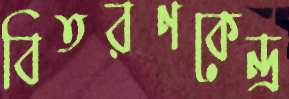
বিতরণকেন্দ্র